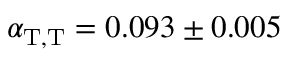
\alpha _ { \mathrm { T } , \mathrm { T } } = 0 . 0 9 3 \pm 0 . 0 0 5